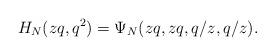
LaTeX: \begin{align*}H_{N}(zq,q^2) = \Psi_{N}(zq,zq,q/z,q/z).\end{align*}